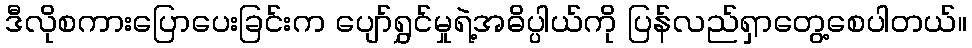
ဒီလိုစကားပြောပေးခြင်းက ပျော်ရွှင်မှုရဲ့အဓိပ္ပါယ်ကို ပြန်လည်ရှာတွေ့စေပါတယ်။